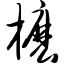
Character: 枥